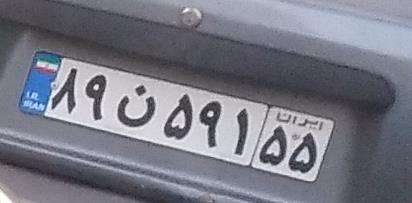
۸۹ن۵۹۱۵۵